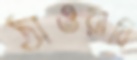
ঠাওরাবি